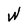
Character: W